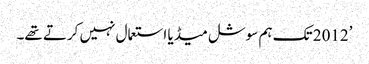
’2012 تک ہم سوشل میڈیا استعمال نہیں کرتے تھے۔